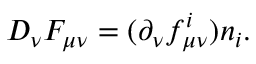
D _ { \nu } F _ { \mu \nu } = ( \partial _ { \nu } f _ { \mu \nu } ^ { i } ) n _ { i } .